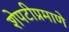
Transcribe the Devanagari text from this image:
शेपटीप्रमाणे